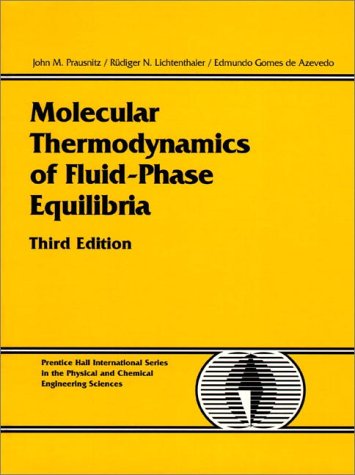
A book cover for Molecular Thermodynamics of Fluid-Phase Equilibria (3rd Edition); John M. Prausnitz; Engineering & Transportation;